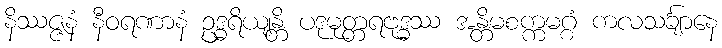
နိဿဇ္ဇနံ နီဝရဏာနံ ဥဒ္ဓရိယျန္တိ ပဒုမုတ္တရဗုဒ္ဓဿ အန္တိမစက္ကမဂ္ဂံ ကလသင်္ချာနေ